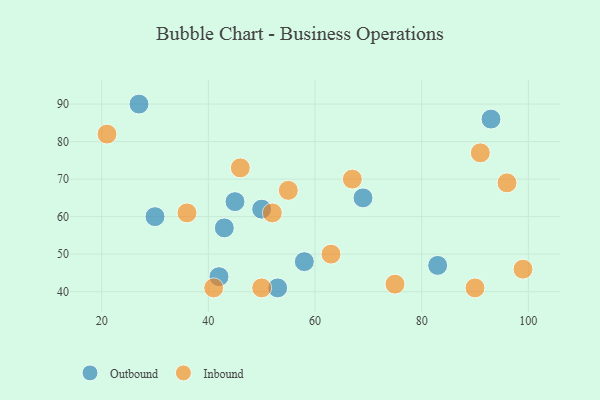
{"axis": {"x": "GDP", "y": "Life Expectancy"}, "legend": ["Inbound", "Outbound"], "data": [{"x": "43", "y": 57, "type": "Outbound"}, {"x": "27", "y": 90, "type": "Outbound"}, {"x": "69", "y": 65, "type": "Outbound"}, {"x": "93", "y": 86, "type": "Outbound"}, {"x": "42", "y": 44, "type": "Outbound"}, {"x": "30", "y": 60, "type": "Outbound"}, {"x": "45", "y": 64, "type": "Outbound"}, {"x": "50", "y": 62, "type": "Outbound"}, {"x": "83", "y": 47, "type": "Outbound"}, {"x": "58", "y": 48, "type": "Outbound"}, {"x": "53", "y": 41, "type": "Outbound"}, {"x": "90", "y": 41, "type": "Inbound"}, {"x": "21", "y": 82, "type": "Inbound"}, {"x": "99", "y": 46, "type": "Inbound"}, {"x": "91", "y": 77, "type": "Inbound"}, {"x": "75", "y": 42, "type": "Inbound"}, {"x": "36", "y": 61, "type": "Inbound"}, {"x": "41", "y": 41, "type": "Inbound"}, {"x": "96", "y": 69, "type": "Inbound"}, {"x": "55", "y": 67, "type": "Inbound"}, {"x": "67", "y": 70, "type": "Inbound"}, {"x": "50", "y": 41, "type": "Inbound"}, {"x": "46", "y": 73, "type": "Inbound"}, {"x": "52", "y": 61, "type": "Inbound"}, {"x": "63", "y": 50, "type": "Inbound"}]}